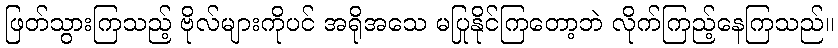
ဖြတ်သွားကြသည့် ဗိုလ်များကိုပင် အရိုအသေ မပြုနိုင်ကြတော့ဘဲ လိုက်ကြည့်နေကြသည်။